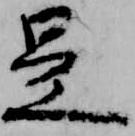
是